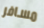
مسافر